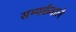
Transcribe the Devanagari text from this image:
सम्पर्कवाले